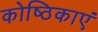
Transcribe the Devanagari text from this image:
कोष्ठिकाएं